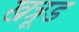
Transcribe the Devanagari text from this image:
खत्रूड